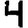
Digit: 4